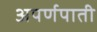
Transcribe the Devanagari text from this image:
अपर्णपाती